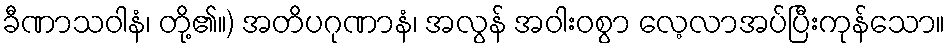
ခီဏာသဝါနံ၊ တို့၏။) အတိပဂုဏာနံ၊ အလွန် အဝါးဝစွာ လေ့လာအပ်ပြီးကုန်သော။